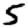
Digit: 5